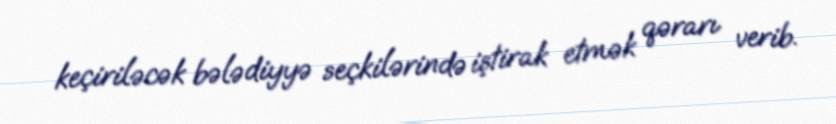
keçiriləcək bələdiyyə seçkilərində iştirak etmək qərarı verib.